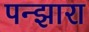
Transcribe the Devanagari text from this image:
पन्झारा